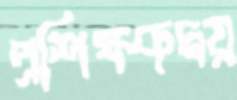
প্রশিক্ষকদ্বয়